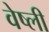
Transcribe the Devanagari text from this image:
वेष्ली